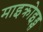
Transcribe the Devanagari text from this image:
माइक्रोइड्स